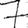
Digit: 7